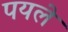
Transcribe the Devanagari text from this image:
पयले